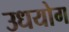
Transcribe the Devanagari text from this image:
उधयोग